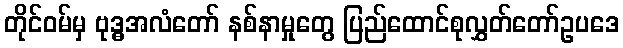
တိုင်ဝမ်မှ ဗုဒ္ဓအလံတော် နစ်နာမှုတွေ ပြည်ထောင်စုလွှတ်တော်ဥပဒေ